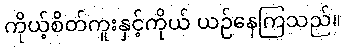
ကိုယ့်စိတ်ကူးနှင့်ကိုယ် ယဉ်နေကြသည်။